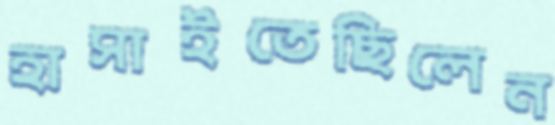
হাসাইতেছিলেন